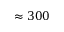
\approx 3 0 0